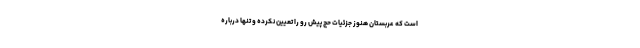
است که عربستان هنوز جزئیات حج پیش ‌رو را تعیین نکرده و تنها درباره